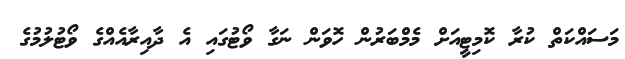
މަސައްކަތް ކުރާ ކޮމިޓީއަށް މެމްބަރުން ހޮވަން ނަގާ ވޯޓުގައި އެ ދާއިރާއެއްގެ ވޯޓުލުމުގެ